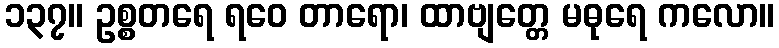
၁၃၇။ ဥစ္စတရေ ရဝေ တာရော၊ ထာဗျတ္တေ မဓုရေ ကလော။